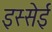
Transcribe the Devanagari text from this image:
इस्सेई